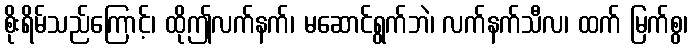
စိုးရိမ်သည်ကြောင့်၊ ထိုဤလက်နက်၊ မဆောင်ရွက်ဘဲ၊ လက်နက်သီလ၊ ထက် မြက်စွ၊